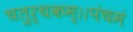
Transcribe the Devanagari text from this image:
चतुर्थकम्।।पंचमं